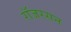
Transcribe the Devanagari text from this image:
रॉजरसन